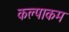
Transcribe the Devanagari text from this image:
कल्पाकम